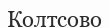
Колтсово